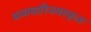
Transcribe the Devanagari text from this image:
मन्मथारिनमस्कृतः